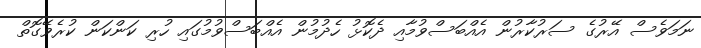
ނަމަވެސް އޭރުގެ ސަރުކާރުން އެއްބަސްވުމާއި ދެކޮޅު ހެދުމުން އެއްބަސްވުމުގައި ހުރި ކަންކަން ކުރެވޭގޮތް